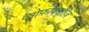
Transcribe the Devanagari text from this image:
सोफ़ोक्लीज़